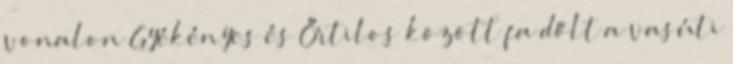
vonalon Gyékényes és Őrtilos között fa dőlt a vasúti